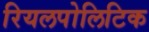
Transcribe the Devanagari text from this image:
रियलपोलिटिक